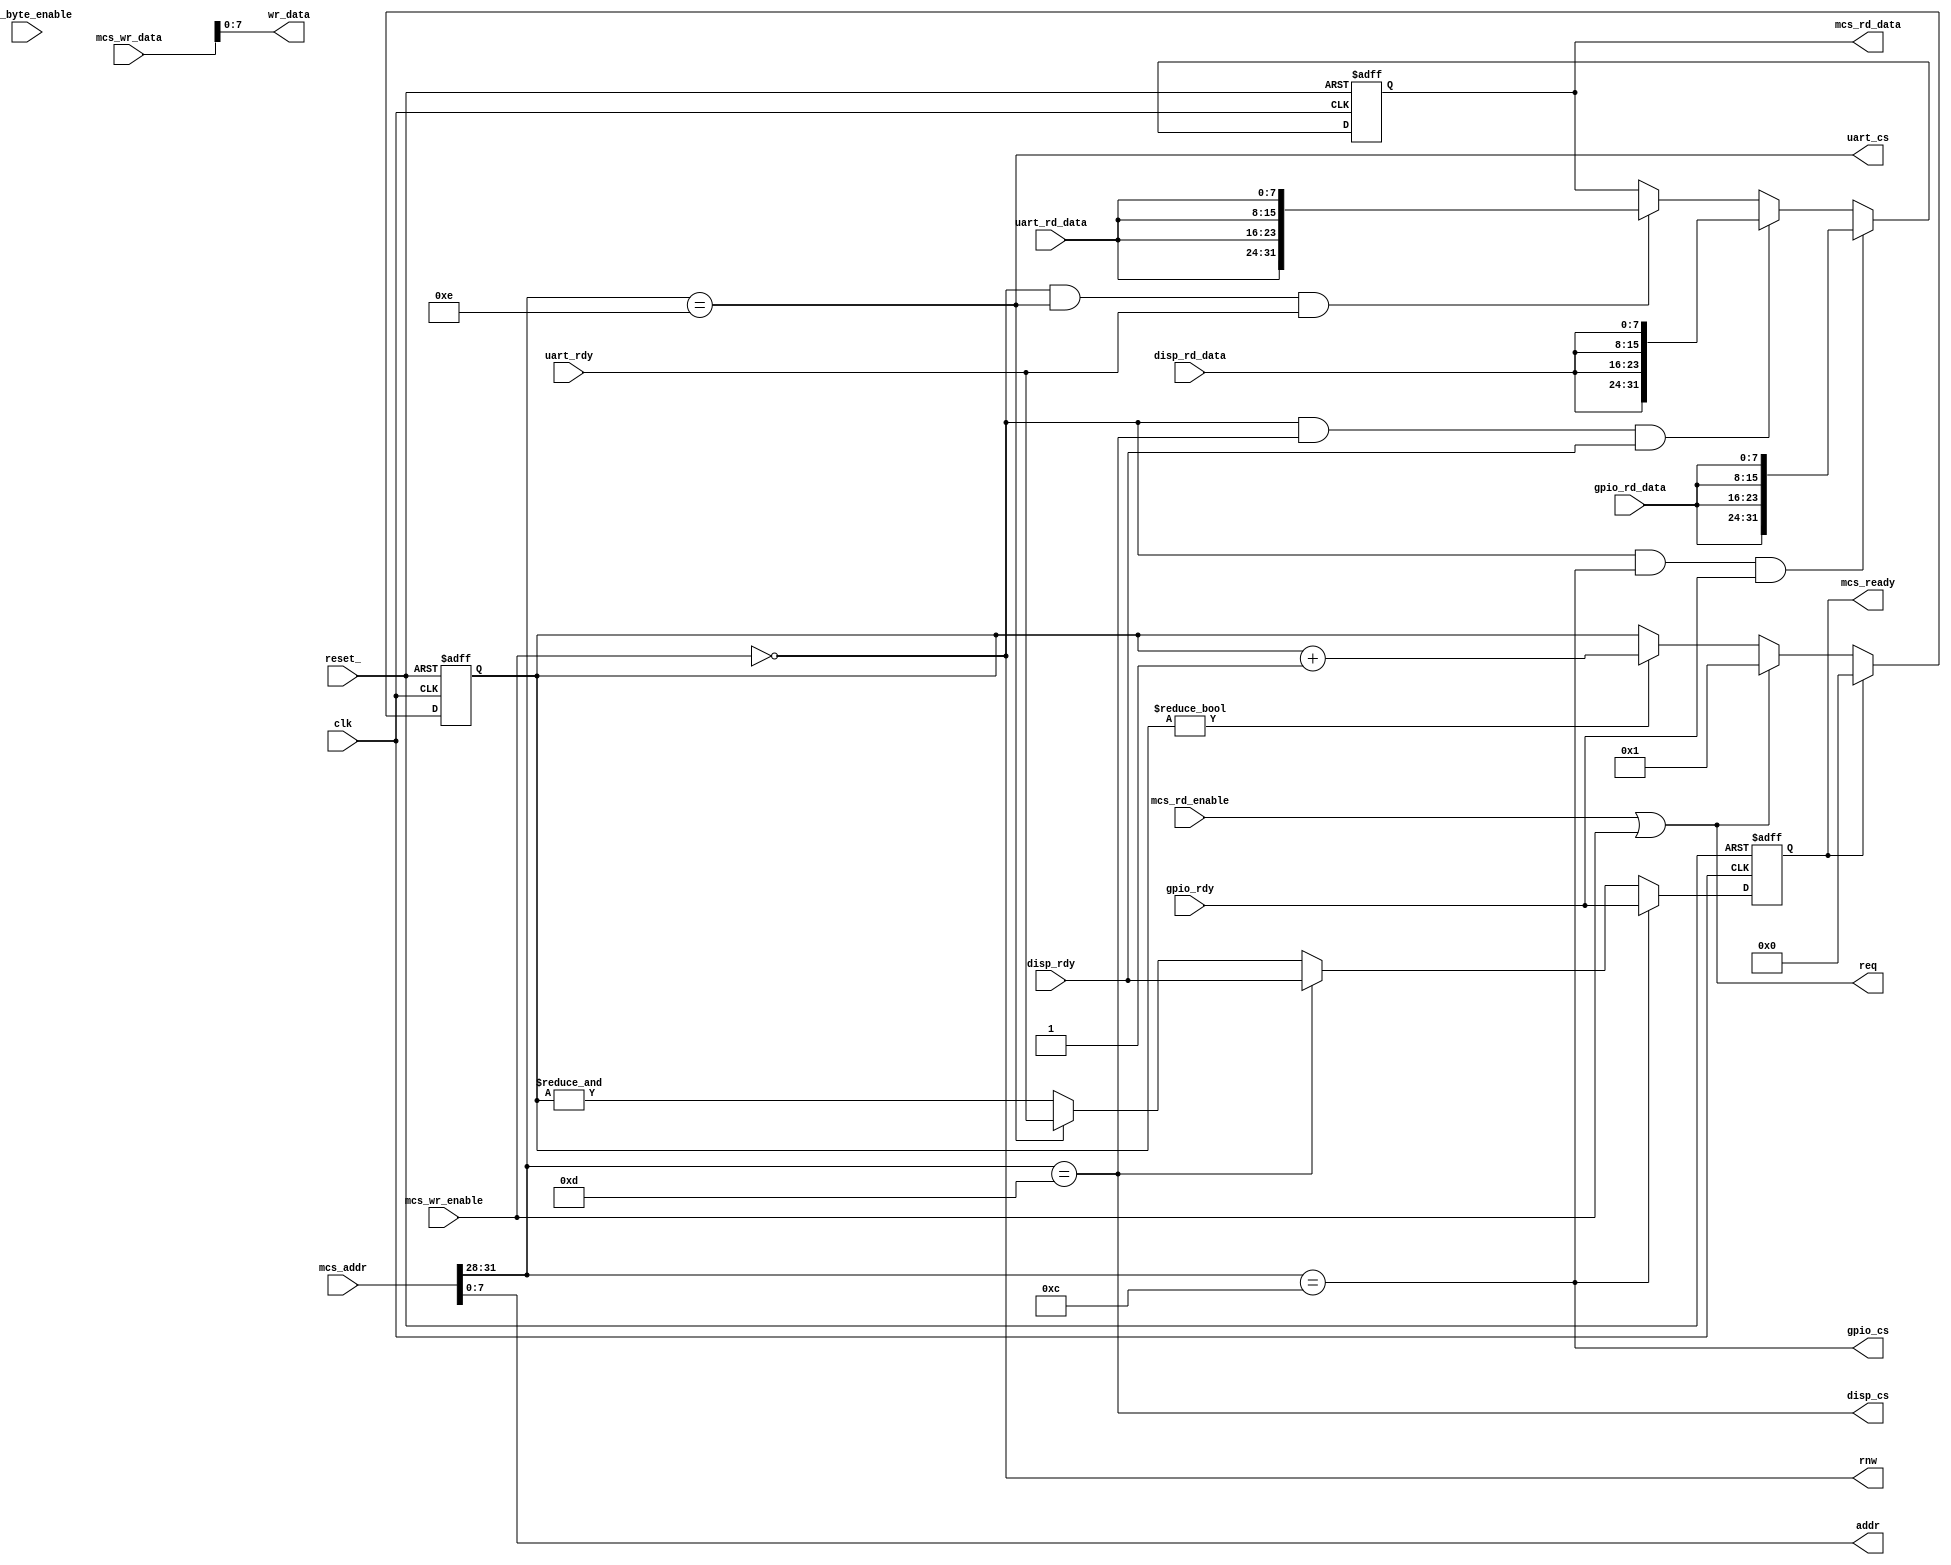
module bus_arb (
   clk,
   reset_,
   mcs_addr,
   mcs_ready,
   mcs_wr_data,
   mcs_wr_enable,
   mcs_rd_data,
   mcs_rd_enable,
   mcs_byte_enable,
   addr,
   rnw,
   req,
   wr_data,
   gpio_cs,
   gpio_rd_data,
   gpio_rdy,
   disp_cs,
   disp_rd_data,
   disp_rdy,
   uart_cs,
   uart_rd_data,
   uart_rdy);

   input         clk;
   input         reset_;

   // Bus controller to distribute MicroBlaze IO bus to our own hardware modules.
   // This circuit decodes the address bus and generates module-independent
   // bus control signals to each hardware module (like display, uart, gpio)
   // and provides a ready timeout function to prevent the CPU from waiting
   // indefinitely for a response (as would be the case if software tried to
   // access an unmapped memory location).

   // MicroBlaze IO Bus
   input  [31:0] mcs_addr;          // Address from MicroBlaze
   output        mcs_ready;         // Request complete indicator to MicroBlaze
   input  [31:0] mcs_wr_data;       // Write data from MicroBlaze
   input         mcs_wr_enable;     // Write enable from MicroBlaze
   output [31:0] mcs_rd_data;       // Read data from hardware
   input         mcs_rd_enable;     // Read enable from MicroBlaze
   input  [3:0]  mcs_byte_enable;   // Which byte(s) in 32-bit longword are being accessed

   // Local IO Bus
   output [7:0]  addr;              // Address to lsuc module
   output        rnw;               // Read, not write, indicator
   output        req;               // Bus request
   output [7:0]  wr_data;           // Write data to lsuc module
   output        gpio_cs;           // GPIO module chip select
   input  [7:0]  gpio_rd_data;      // Read data from GPIO module
   input         gpio_rdy;          // Ready indicator from GPIO module
   output        disp_cs;           // Display module chip select
   input  [7:0]  disp_rd_data;      // Read data from display module
   input         disp_rdy;          // Ready indicator from display module
   output        uart_cs;           // UART module chip select
   input  [7:0]  uart_rd_data;      // Read data from UART module
   input         uart_rdy;          // Ready indicator from UART module

   reg    [31:0] mcs_rd_data;
   reg             mcs_ready;
   reg    [9:0]  req_timeout_ctr;

   assign addr    = mcs_addr[7:0];
   assign rnw     = ~mcs_wr_enable;
   assign req     = mcs_rd_enable || mcs_wr_enable;
   assign wr_data = mcs_wr_data[7:0];

   // Top-level memory mapping
   assign gpio_cs = mcs_addr[31:28] == 4'hc;    // GPIO module mapped to 0x4000_00xx addresses
   assign disp_cs = mcs_addr[31:28] == 4'hd;    // Display module mapped to 0x4000_00xx addresses
   assign uart_cs = mcs_addr[31:28] == 4'he;    // UART module mapped to 0x4000_00xx addresses

   // Readback generation
   always@ (posedge clk or negedge reset_)
     if (!reset_)
       mcs_rd_data <= 32'h0000_0000;
     else if (rnw && gpio_cs && gpio_rdy)
       mcs_rd_data <= {4{gpio_rd_data}};
     else if (rnw && disp_cs && disp_rdy)
       mcs_rd_data <= {4{disp_rd_data}};
     else if (rnw && uart_cs && uart_rdy)
       mcs_rd_data <= {4{uart_rd_data}};

   // Request ready generation
   always@ (posedge clk or negedge reset_)
     if (!reset_)
       mcs_ready <= 1'b0;
     else if (gpio_cs)
       mcs_ready <= gpio_rdy;
     else if (disp_cs)
       mcs_ready <= disp_rdy;
     else if (uart_cs)
       mcs_ready <= uart_rdy;
     else
       mcs_ready <= &req_timeout_ctr;

   // Request timeout generation (prevents CPU from locking if no harware responds to request)
   always@ (posedge clk or negedge reset_)
     if (!reset_)
       req_timeout_ctr <= 10'd0;
     else if (mcs_ready)
       req_timeout_ctr <= 10'd0;
     else if (req)
       req_timeout_ctr <= 10'd1;
     else if (req_timeout_ctr != 10'd0)
       req_timeout_ctr <= req_timeout_ctr + 10'd1;

endmodule